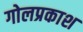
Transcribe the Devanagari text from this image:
गोलप्रकाश